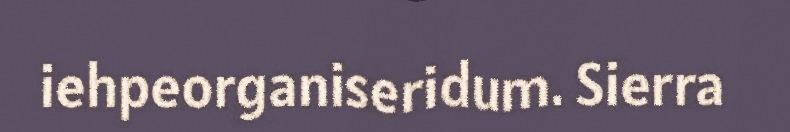
iehpeorganiseridum. Sierra